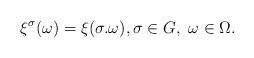
LaTeX: \begin{align*}\xi^\sigma(\omega) = \xi(\sigma.\omega), \sigma\in G, \ \omega\in \Omega.\end{align*}